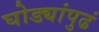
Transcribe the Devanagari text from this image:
घोड्यांपुढं